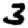
Digit: 3